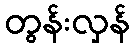
တွန်းလှန်